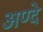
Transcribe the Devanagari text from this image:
अण्दे